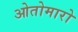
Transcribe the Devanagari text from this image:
ओतोमारो